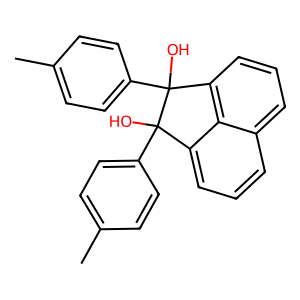
SMILES: Cc1ccc(C2(O)c3cccc4cccc(c34)C2(O)c2ccc(C)cc2)cc1
Inhibits HIV replication: No